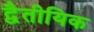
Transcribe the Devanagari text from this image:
द्वैतीयिक